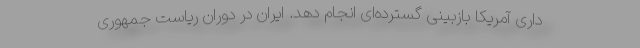
داری آمریکا بازبینی گسترده‌ای انجام دهد. ایران در دوران ریاست جمهوری